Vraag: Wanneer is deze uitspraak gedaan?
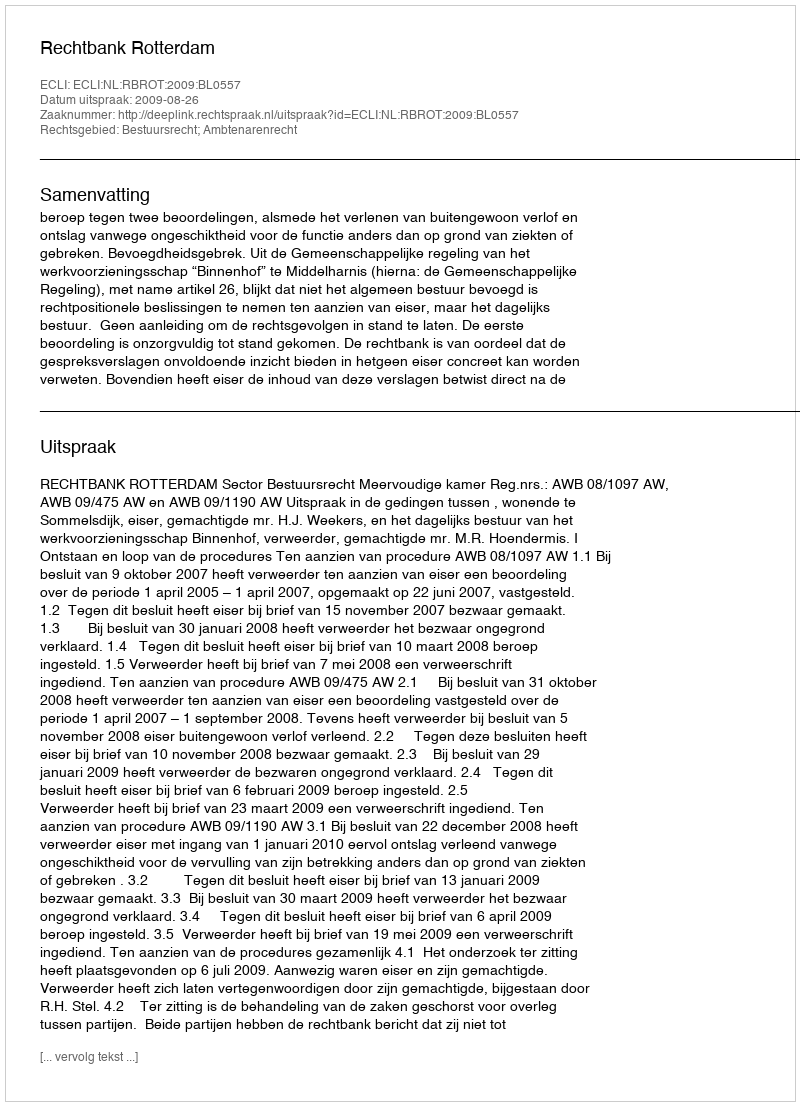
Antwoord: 2009-08-26